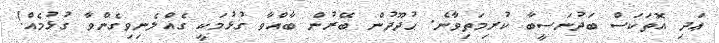
ޢަދި އޮތަކަސް ބަދުނަސީބާ ކުރިމަތިވާނެ. ޙުދޫދުން ބޭރުން ބާއްވާ ގުޅުމަކީ ގެއްލެނިވިގެންވާ ގުޅުމެއް!